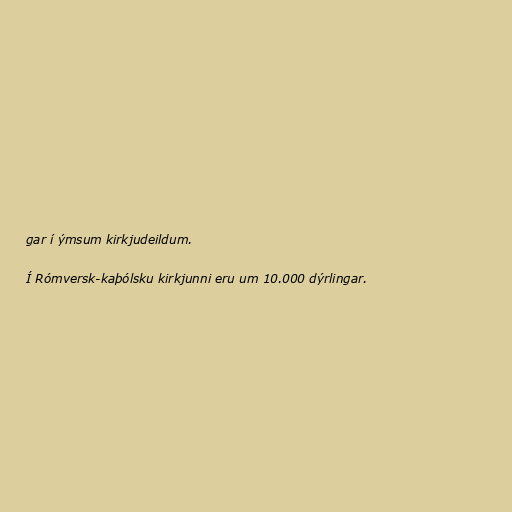
gar í ýmsum kirkjudeildum.

Í Rómversk-kaþólsku kirkjunni eru um 10.000 dýrlingar.